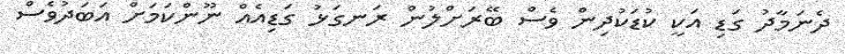
ދެނަމާދު ގަޑި އަކީ ކުޑަކުދިން ވެސް ބޭރަށްލުން ރަނގަޅު ގަޑިއެއް ނޫންކަމަށް އަބަދުވެސް